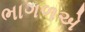
ભાગળએ